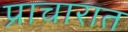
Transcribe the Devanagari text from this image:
प्राचारात